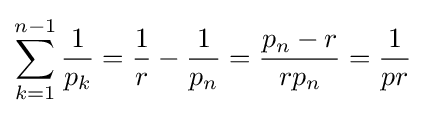
\sum _{k=1}^{n-1}{\frac {1}{p_{k}}}={\frac {1}{r}}-{\frac {1}{p_{n}}}={\frac {p_{n}-r}{rp_{n}}}={\frac {1}{pr}}